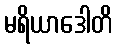
မရိယာဒေါတိ